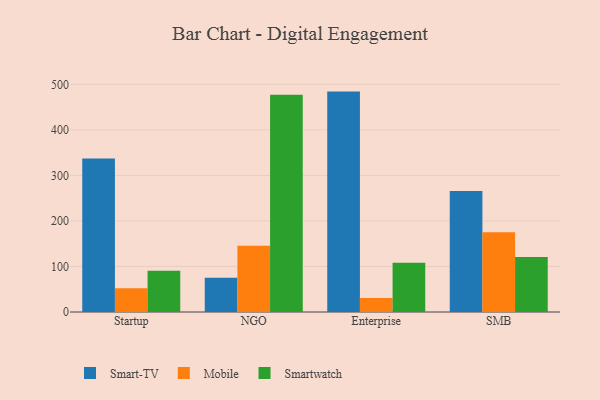
{"axis": {"x": "Segment", "y": "Inventory Turnover"}, "legend": ["Mobile", "Smart-TV", "Smartwatch"], "data": [{"x": "Startup", "y": 337.1, "type": "Smart-TV"}, {"x": "Startup", "y": 52.4, "type": "Mobile"}, {"x": "Startup", "y": 90.8, "type": "Smartwatch"}, {"x": "NGO", "y": 75.1, "type": "Smart-TV"}, {"x": "NGO", "y": 145.6, "type": "Mobile"}, {"x": "NGO", "y": 477.1, "type": "Smartwatch"}, {"x": "Enterprise", "y": 484.2, "type": "Smart-TV"}, {"x": "Enterprise", "y": 30.9, "type": "Mobile"}, {"x": "Enterprise", "y": 108.3, "type": "Smartwatch"}, {"x": "SMB", "y": 265.8, "type": "Smart-TV"}, {"x": "SMB", "y": 175.1, "type": "Mobile"}, {"x": "SMB", "y": 121.0, "type": "Smartwatch"}]}